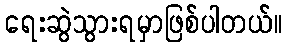
ရေးဆွဲသွားရမှာဖြစ်ပါတယ်။